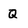
Character: Q